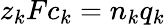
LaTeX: z_{k}Fc_{k}=n_{k}q_{k}